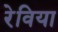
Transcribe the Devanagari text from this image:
रेविया